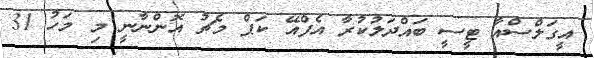
އީގަލްސްއާ ޓީސީ ބައްދަލުކުރާ އެފްއޭ ކަޕް މެޗު އޮންނާނީ މި މަހު 31